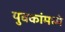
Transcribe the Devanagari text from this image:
युवकांमध्ये